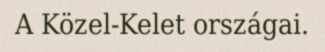
A Közel-Kelet országai.